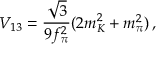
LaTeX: V _ { 1 3 } = \frac { \sqrt { 3 } } { 9 f _ { \pi } ^ { 2 } } ( 2 m _ { K } ^ { 2 } + m _ { \pi } ^ { 2 } ) \, ,